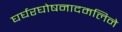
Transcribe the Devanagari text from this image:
घर्घरघोषनादमलिने